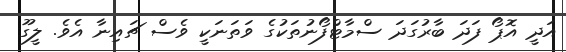
އަދީ އޮޕޯ ފަދަ ބާރުގަދަ ސްމާޓްފޯނުތަކުގެ ވަތަނަކީ ވެސް ޗައިނާ އެވެ. ލީގޫ